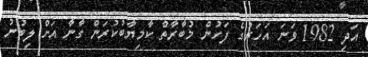
އަދި 1982 ވަނަ އަހަރުގެ ފަހުން މުބާރާތް ކާމިޔާބުކުރަން ގާނާ އަށް ލިބުނު